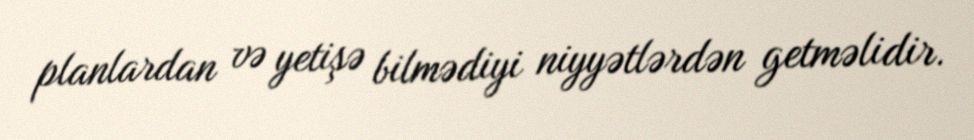
planlardan və yetişə bilmədiyi niyyətlərdən getməlidir.